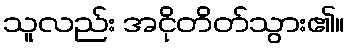
သူလည်း အငိုတိတ်သွား၏။